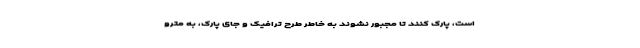
است، پارک کنند تا مجبور نشوند به خاطر طرح ترافیک و جای پارک، به مترو